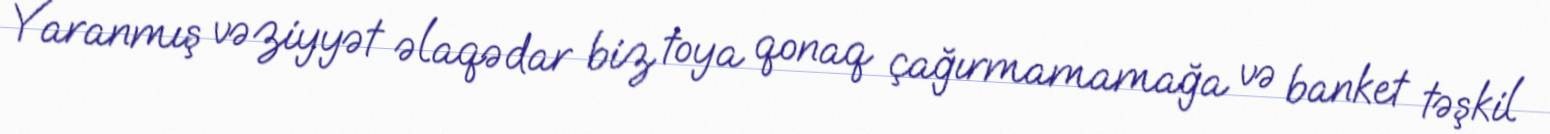
Yaranmış vəziyyət əlaqədar biz toya qonaq çağırmamamağa və banket təşkil